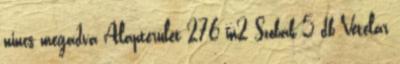
nincs megadva Alapterület 276 m2 Szobák 5 db Vételár